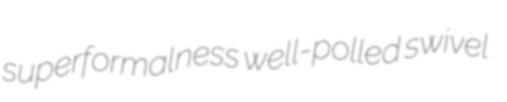
superformalness well-polled swivel